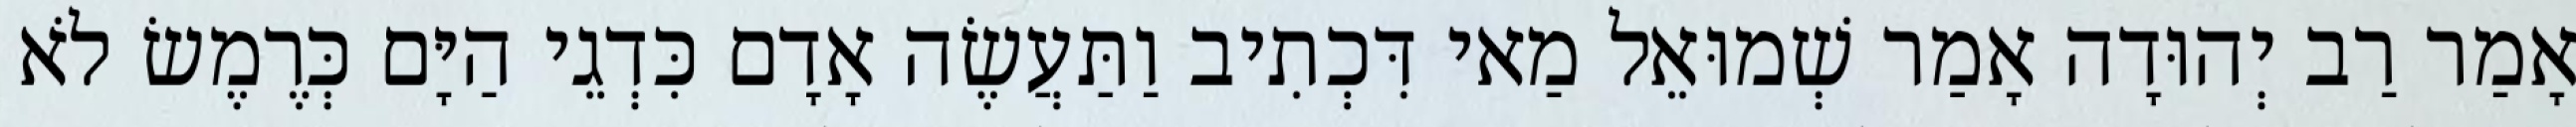
אָמַר רַב יְהוּדָה אָמַר שְׁמוּאֵל מַאי דִּכְתִיב וַתַּעֲשֶׂה אָדָם כִּדְגֵי הַיָּם כְּרֶמֶשׂ לֹא